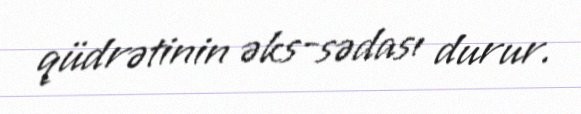
qüdrətinin əks-sədası durur.